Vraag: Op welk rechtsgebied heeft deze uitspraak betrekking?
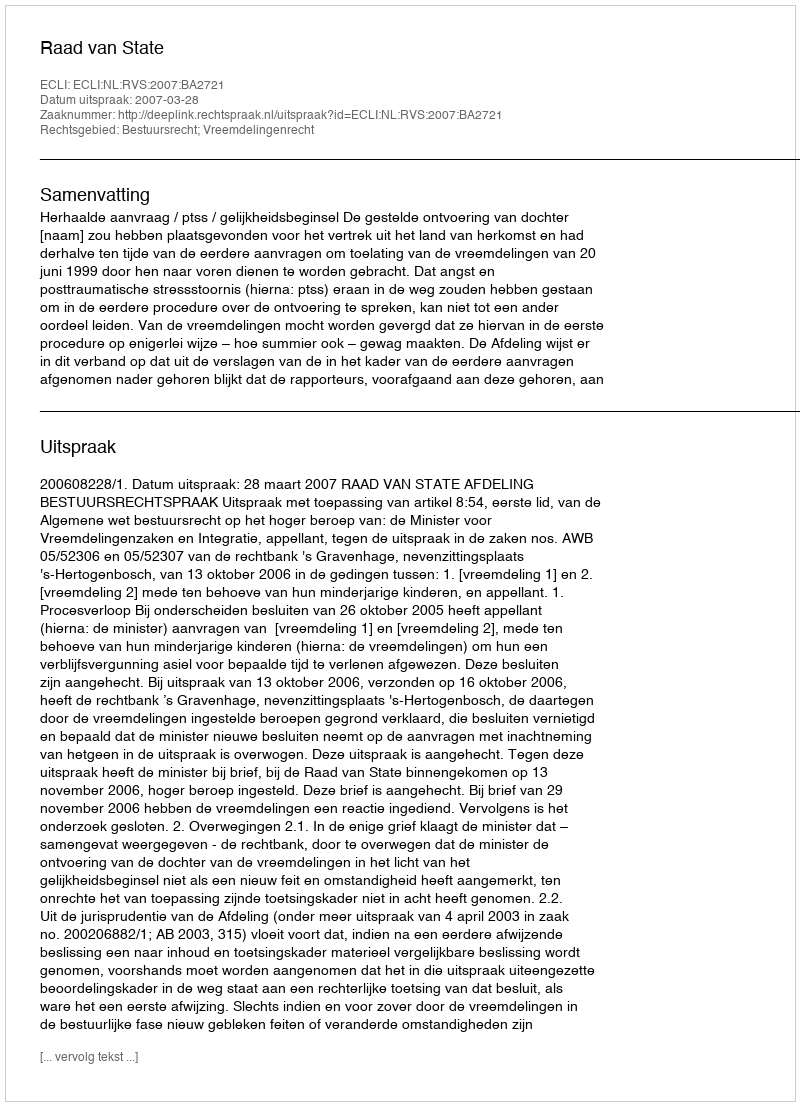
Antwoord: Bestuursrecht; Vreemdelingenrecht